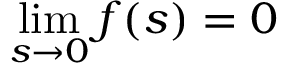
\operatorname* { l i m } _ { s \to 0 } f ( s ) = 0